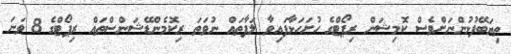
ތިޔަބޭފުޅުންނަށްވެސް ކޮމިޝަން ރިޕޯޓްގެ ހުށަހަޅާފައިވާ ލަފާތައް ނުވަތަ ރިކޮމެންޑޭޝަންސްތައް ރިޕޯޓްގެ 8 ވަނަ